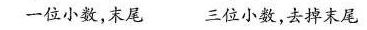
一位小数，末尾 三位小数，去掉末尾